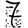
Digit: 7